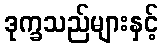
ဒုက္ခသည်များနှင့်